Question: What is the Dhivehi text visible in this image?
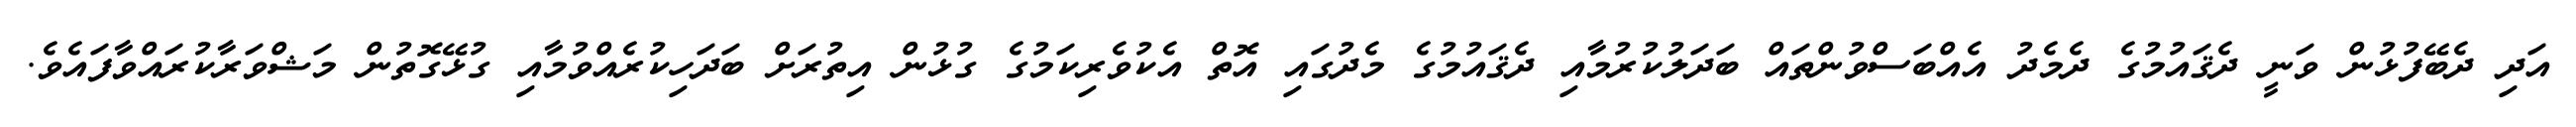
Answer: އަދި ދެބޭފުޅުން ވަނީ ދެޤައުމުގެ ދެމެދު އެއްބަސްވުންތައް ބަދަލުކުރުމާއި ދެޤައުމުގެ މެދުގައި އޮތް އެކުވެރިކަމުގެ ގުޅުން އިތުރަށް ބަދަހިކުރެއްވުމާއި ގުޅޭގޮތުން މަޝްވަރާކުރައްވާފައެވެ.